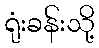
ရုံးခန်းသို့